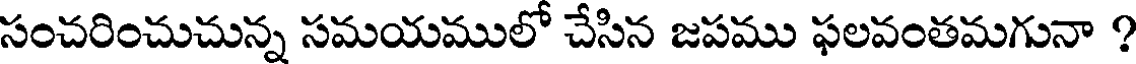
సంచరించుచున్న సమయములో చేసిన జపము ఫలవంతమగునా ?